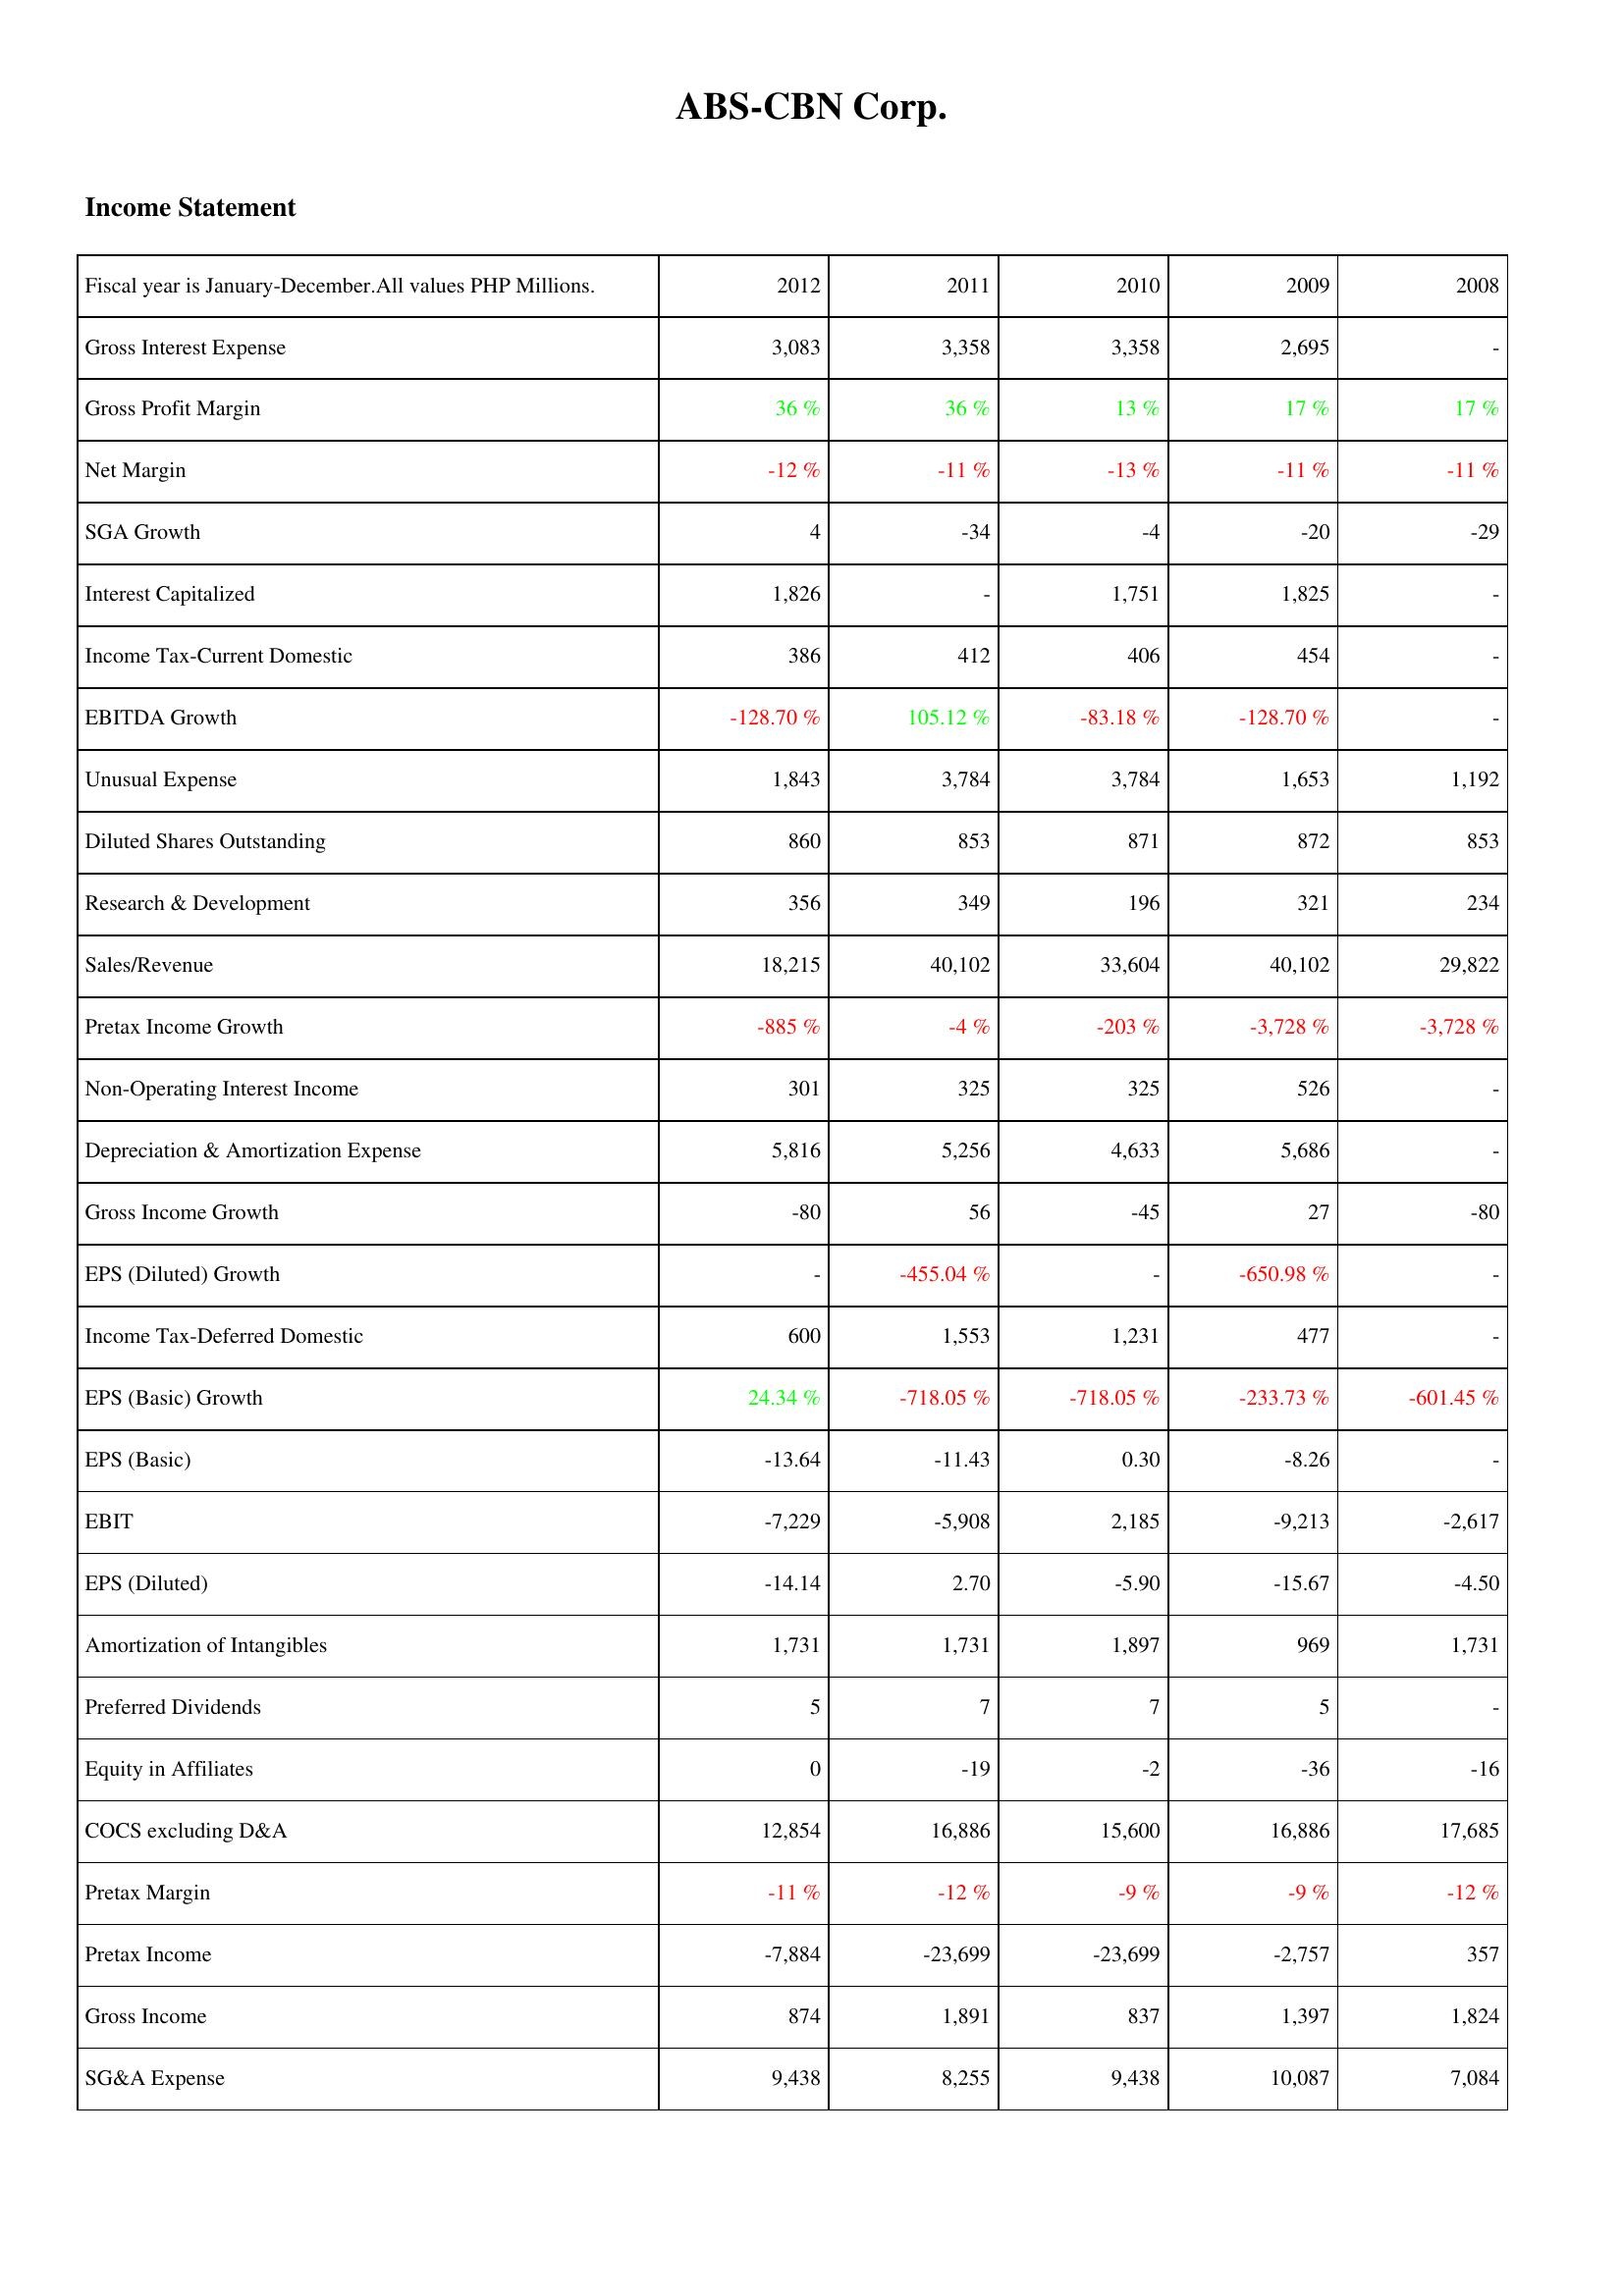
2012: Income Statement: Gross Interest Expense: 3,083
Gross Profit Margin: 36 %
Net Margin: -12 %
SGA Growth: 4
Interest Capitalized: 1,826
Income Tax-Current Domestic: 386
EBITDA Growth: -128.70 %
Unusual Expense: 1,843
Diluted Shares Outstanding: 860
Research & Development: 356
Sales/Revenue: 18,215
Pretax Income Growth: -885 %
Non-Operating Interest Income: 301
Depreciation & Amortization Expense: 5,816
Gross Income Growth: -80
EPS (Diluted) Growth: -
Income Tax-Deferred Domestic: 600
EPS (Basic) Growth: 24.34 %
EPS (Basic): -13.64
EBIT: -7,229
EPS (Diluted): -14.14
Amortization of Intangibles: 1,731
Preferred Dividends: 5
Equity in Affiliates: 0
COCS excluding D&A: 12,854
Pretax Margin: -11 %
Pretax Income: -7,884
Gross Income: 874
SG&A Expense: 9,438
2011: Income Statement: Gross Interest Expense: 3,358
Gross Profit Margin: 36 %
Net Margin: -11 %
SGA Growth: -34
Interest Capitalized: -
Income Tax-Current Domestic: 412
EBITDA Growth: 105.12 %
Unusual Expense: 3,784
Diluted Shares Outstanding: 853
Research & Development: 349
Sales/Revenue: 40,102
Pretax Income Growth: -4 %
Non-Operating Interest Income: 325
Depreciation & Amortization Expense: 5,256
Gross Income Growth: 56
EPS (Diluted) Growth: -455.04 %
Income Tax-Deferred Domestic: 1,553
EPS (Basic) Growth: -718.05 %
EPS (Basic): -11.43
EBIT: -5,908
EPS (Diluted): 2.70
Amortization of Intangibles: 1,731
Preferred Dividends: 7
Equity in Affiliates: -19
COCS excluding D&A: 16,886
Pretax Margin: -12 %
Pretax Income: -23,699
Gross Income: 1,891
SG&A Expense: 8,255
2010: Income Statement: Gross Interest Expense: 3,358
Gross Profit Margin: 13 %
Net Margin: -13 %
SGA Growth: -4
Interest Capitalized: 1,751
Income Tax-Current Domestic: 406
EBITDA Growth: -83.18 %
Unusual Expense: 3,784
Diluted Shares Outstanding: 871
Research & Development: 196
Sales/Revenue: 33,604
Pretax Income Growth: -203 %
Non-Operating Interest Income: 325
Depreciation & Amortization Expense: 4,633
Gross Income Growth: -45
EPS (Diluted) Growth: -
Income Tax-Deferred Domestic: 1,231
EPS (Basic) Growth: -718.05 %
EPS (Basic): 0.30
EBIT: 2,185
EPS (Diluted): -5.90
Amortization of Intangibles: 1,897
Preferred Dividends: 7
Equity in Affiliates: -2
COCS excluding D&A: 15,600
Pretax Margin: -9 %
Pretax Income: -23,699
Gross Income: 837
SG&A Expense: 9,438
2009: Income Statement: Gross Interest Expense: 2,695
Gross Profit Margin: 17 %
Net Margin: -11 %
SGA Growth: -20
Interest Capitalized: 1,825
Income Tax-Current Domestic: 454
EBITDA Growth: -128.70 %
Unusual Expense: 1,653
Diluted Shares Outstanding: 872
Research & Development: 321
Sales/Revenue: 40,102
Pretax Income Growth: -3,728 %
Non-Operating Interest Income: 526
Depreciation & Amortization Expense: 5,686
Gross Income Growth: 27
EPS (Diluted) Growth: -650.98 %
Income Tax-Deferred Domestic: 477
EPS (Basic) Growth: -233.73 %
EPS (Basic): -8.26
EBIT: -9,213
EPS (Diluted): -15.67
Amortization of Intangibles: 969
Preferred Dividends: 5
Equity in Affiliates: -36
COCS excluding D&A: 16,886
Pretax Margin: -9 %
Pretax Income: -2,757
Gross Income: 1,397
SG&A Expense: 10,087
2008: Income Statement: Gross Interest Expense: -
Gross Profit Margin: 17 %
Net Margin: -11 %
SGA Growth: -29
Interest Capitalized: -
Income Tax-Current Domestic: -
EBITDA Growth: -
Unusual Expense: 1,192
Diluted Shares Outstanding: 853
Research & Development: 234
Sales/Revenue: 29,822
Pretax Income Growth: -3,728 %
Non-Operating Interest Income: -
Depreciation & Amortization Expense: -
Gross Income Growth: -80
EPS (Diluted) Growth: -
Income Tax-Deferred Domestic: -
EPS (Basic) Growth: -601.45 %
EPS (Basic): -
EBIT: -2,617
EPS (Diluted): -4.50
Amortization of Intangibles: 1,731
Preferred Dividends: -
Equity in Affiliates: -16
COCS excluding D&A: 17,685
Pretax Margin: -12 %
Pretax Income: 357
Gross Income: 1,824
SG&A Expense: 7,084